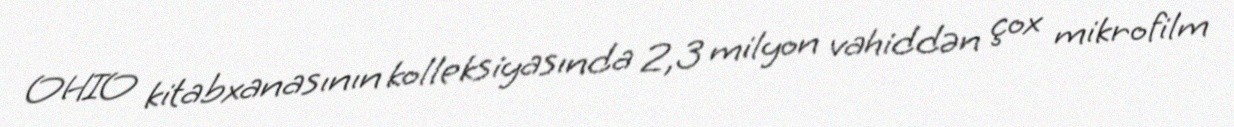
OHIO kitabxanasının kolleksiyasında 2,3 milyon vahiddən çox mikrofilm